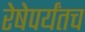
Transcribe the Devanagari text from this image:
रेषेपर्यंतच